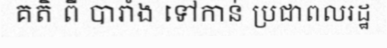
គតិ ពី បារាំង ទៅកាន់ ប្រជាពលរដ្ឋ